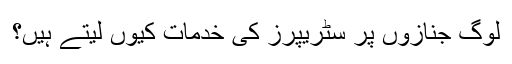
لوگ جنازوں پر سٹریپرز کی خدمات کیوں لیتے ہیں؟